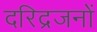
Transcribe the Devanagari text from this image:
दरिद्रजनों